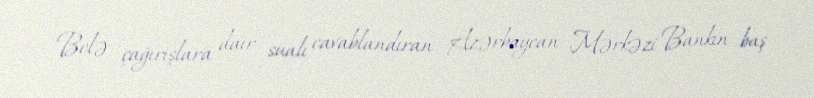
Belə çağırışlara dair sualı cavablandıran Azərbaycan Mərkəzi Bankın baş